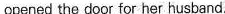
opened the door for her husband.